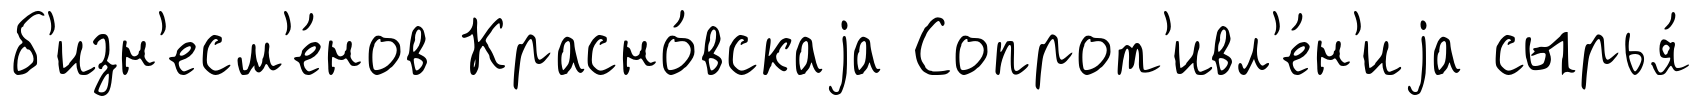
б'изн'есм'е́нов Красно́вскаjа Сопрот'ивл'е́н'иjа сырья́